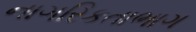
નાગરિકતાભાગ